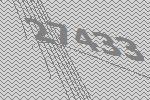
27433